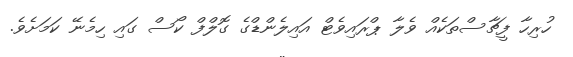
ހުރިހާ ފީޗާސްތަކެއް ވެލާ ޕްރައިވެޓް އައިލެންޑްގެ ގޮލްފް ކޯސް ގައި ހިމެނޭ ކަމަށެވެ.